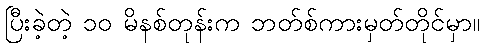
ပြီးခဲ့တဲ့ ၁၀ မိနစ်တုန်းက ဘတ်စ်ကားမှတ်တိုင်မှာ။